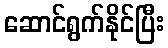
ဆောင်ရွက်နိုင်ပြီး